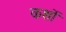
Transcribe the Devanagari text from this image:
कशों